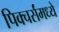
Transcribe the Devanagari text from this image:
पिक्चर्संमध्ये